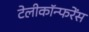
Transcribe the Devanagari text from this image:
टेलीकॉन्फरेंस